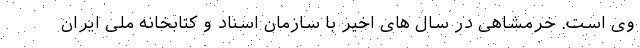
وی است. خرمشاهی در سال های اخیر با سازمان اسناد و کتابخانه ملی ایران